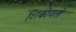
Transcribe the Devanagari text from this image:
शिकायतो